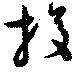
捘